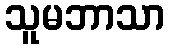
သူမဘာသာ